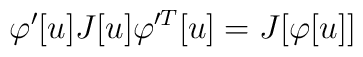
\varphi'[u] J[u] \varphi'^T[u] = J[\varphi[u]]